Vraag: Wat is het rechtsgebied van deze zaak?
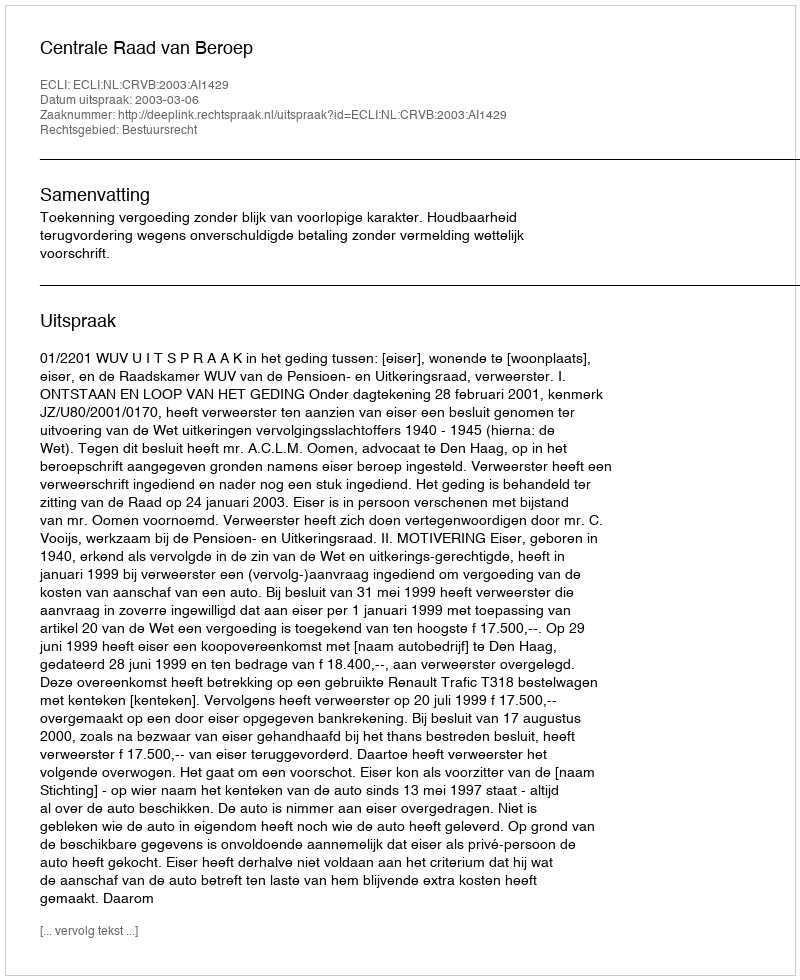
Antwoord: Bestuursrecht